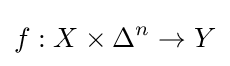
f:X\times \Delta ^{n}\to Y